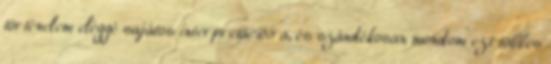
történelem eléggé sajátos interpretációira, és szándékosan mondom ezt többes